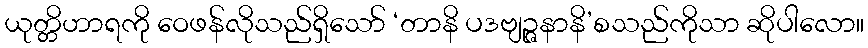
ယုတ္တိဟာရကို ဝေဖန်လိုသည်ရှိသော် ‘တာနိ ပဒဗျဉ္ဇနာနိ’စသည်ကိုသာ ဆိုပါလော။